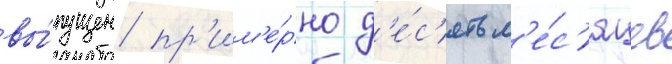
вы́пущен пр'им'е́рно д'е́с'ять м'е́с'яцев